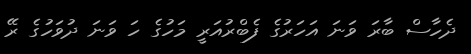
ދެހާސް ބާރަ ވަނަ އަހަރުގެ ފެބްރުއަރީ މަހުގެ ހަ ވަނަ ދުވަހުގެ ރޭ